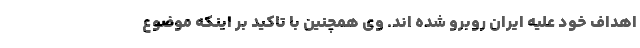
اهداف خود علیه ایران روبرو شده اند. وی همچنین با تاکید بر اینکه موضوع